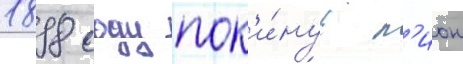
1898 году пок'и́нув л'ион